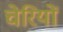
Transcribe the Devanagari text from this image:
चेरियों